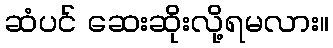
ဆံပင် ဆေးဆိုးလို့ရမလား။